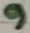
Text: 9